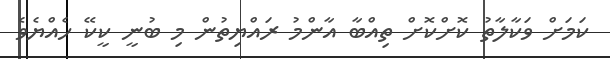
ކަމަށް ވަކާލާތު ކޮށްކޮށް ތިއްބާ އާންމު ރައްޔިތުން މި ބުނީ ކީކޭ ހެއްޔެވެ